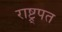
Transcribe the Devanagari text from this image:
राष्ट्र्पत